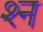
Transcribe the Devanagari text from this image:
श्‍न